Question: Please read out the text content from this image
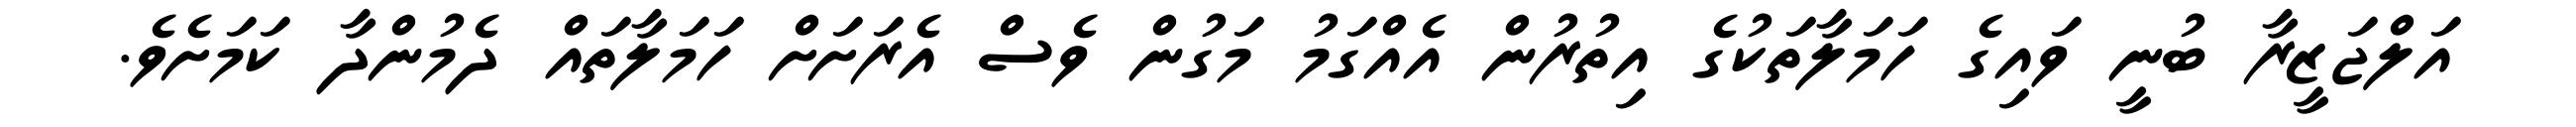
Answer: އަލްޖަޒީރާ ބުނީ ވައިގެ ހަމަލާތަކުގެ އިތުރުން އެއްގަމު މަގުން ވެސް އެރަށަށް ހަމަލާތައް ދެމުންދާ ކަމަށެވެ.